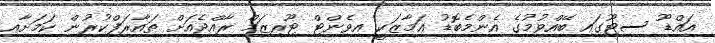
އައްޑޫ ސިޓޫގައި ބޭއްވުމުގެ އެންމެބޮޑު އަމާޒަކީ އިވެންޓް ޓޫރިޒަމް ރާއްޖެއަށް ތައާރަފްކުރުން ކަމަށާއި